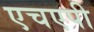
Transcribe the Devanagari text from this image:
एचएपी